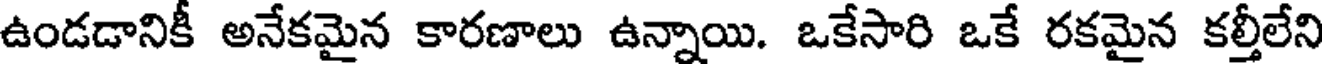
ఉండడానికీ అనేకమైన కారణాలు ఉన్నాయి. ఒకేసారి ఒకే రకమైన కల్తీలేని